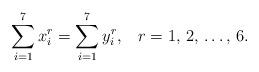
LaTeX: \begin{align*}\sum_{i=1}^7x_i^r=\sum_{i=1}^7y_i^r,\;\;\;r=1,\,2,\,\dots,\,6.\end{align*}